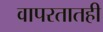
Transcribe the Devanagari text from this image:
वापरतातही